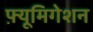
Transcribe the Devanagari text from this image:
फ़्यूमिगेशन